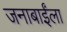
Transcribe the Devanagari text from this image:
जनाबाईंला